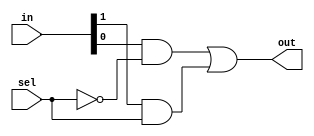

module Mux21(out, in, sel);
input [1:0] in;
input sel;
output out;
wire A, B, sel_n;

not Not1(sel_n, sel);
and And1(A, in[0], sel_n);
and And2(B, in[1], sel);
or Or1(out, A, B);

endmodule